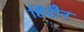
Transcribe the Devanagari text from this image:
हिंदौन